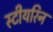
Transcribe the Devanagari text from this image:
स्टीयरिन